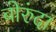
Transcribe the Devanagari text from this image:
बोरुंदा